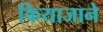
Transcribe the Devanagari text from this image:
कियाजाने